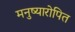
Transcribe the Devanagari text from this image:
मनुष्यारोपित